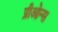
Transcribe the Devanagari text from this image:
प्रीओन्स